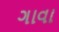
ગાવા